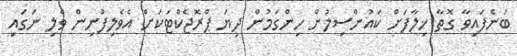
ބުނެފައިވާ ގޮތާ ޚިލާފަށް ކައުންސިލުން ހިންގަމުން ދިޔަ ޕްރޮޖެކްޓަކަށް އެވެލިފުނިން ވެލި ނަގައި